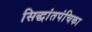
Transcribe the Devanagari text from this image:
सिद्धांतपंचिका